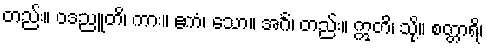
တည်း။ ဝဒညူတိ၊ ကား။ ဧကံ၊ သော။ အင်္ဂံ၊ တည်း။ ဣတိ၊ သို့။ စတ္တာရိ၊